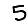
Digit: 5